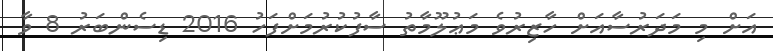
އަށް މި މަދަރުސާއަށް ހާޒިރުވެ މަޢުލޫމާތު ސާފުކުރުމަށްފަހު 2016 ޑިސެންބަރު 8 ވާ